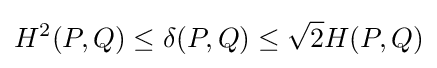
H^{2}(P,Q)\leq \delta (P,Q)\leq {\sqrt {2}}H(P,Q)